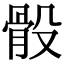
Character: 骰